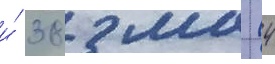
и́ 38 мм (4